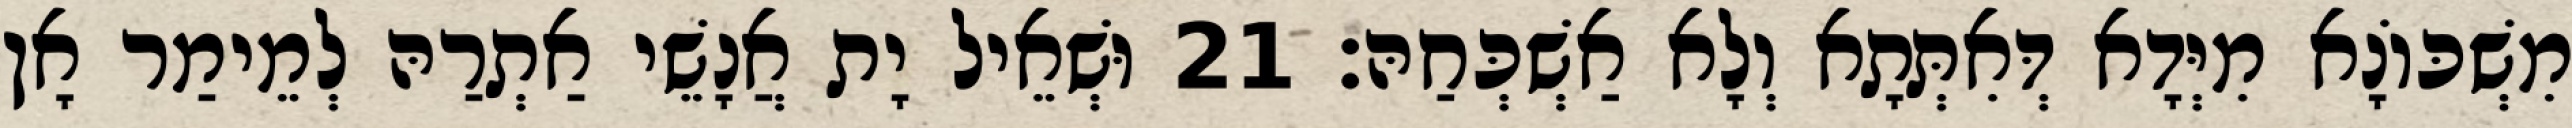
מִשְׁכּוֹנָא מִיְּדָא דְּאִתְּתָא וְלָא אַשְׁכְּחַהּ׃ 21 וּשְׁאֵיל יָת אֲנָשֵׁי אַתְרַהּ לְמֵימַר אָן